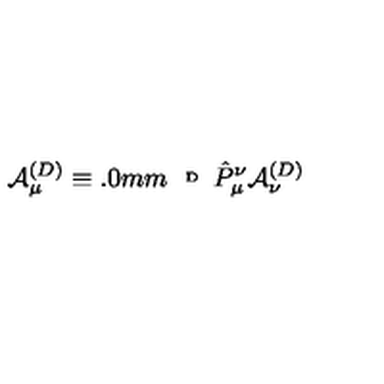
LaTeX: { \cal A } _ { \mu } ^ { ( D ) } \equiv \raisebox { 2 . 0 m m } { { \tiny D } } \hat { P } _ { \mu } ^ { \nu } { \cal A } _ { \nu } ^ { ( D ) }